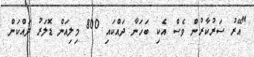
"އޭރު ސަރުކާރުން ވެސް އެކި ބަހަނާ ދައްކައި 800 މިލިއަން ޑޮލަރު ދައްކަން